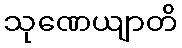
သုဏေယျာတိ